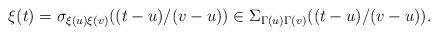
LaTeX: \begin{align*} \xi(t) = \sigma_{\xi(u)\xi(v)}((t-u)/(v-u)) \in \Sigma_{\Gamma(u) \Gamma(v)}((t-u)/(v-u)). \end{align*}